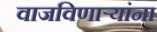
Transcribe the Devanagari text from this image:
वाजविणार्‍यांना